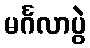
မင်္ဂလာပွဲ